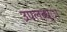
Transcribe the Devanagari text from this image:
उपलब्ध्ा